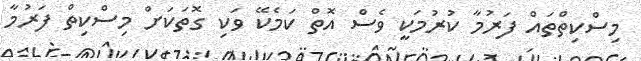
މިސްކިތްތައް ފަރުމާ ކުރުމަކީ ވެސް އޮތް ކަމެކޭ ވަކި ގޮތަކަށް މިސްކިތް ފަރުމާ